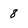
Character: 8